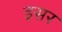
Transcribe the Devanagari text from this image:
इसर